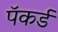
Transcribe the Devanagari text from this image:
पॅकर्ड